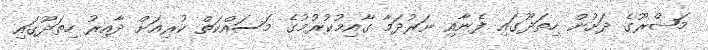
މަޝްރޫގެ ދަށުން ހިތަދޫގައި ފެނާއި ނަރުދަމާ ގާއިމުކުރުމުގެ މަސައްކަތް ކުރިއަށް ދާއިރު ހިތަދޫގައި